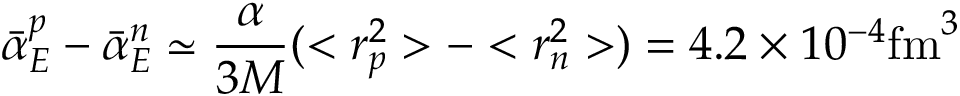
\bar { \alpha } _ { E } ^ { p } - \bar { \alpha } _ { E } ^ { n } \simeq { \frac { \alpha } { 3 M } } ( < r _ { p } ^ { 2 } > - < r _ { n } ^ { 2 } > ) = 4 . 2 \times 1 0 ^ { - 4 } \mathrm { f m } ^ { 3 }